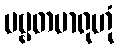
ပဗ္ဗတမာရုဟုံ